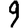
Digit: 9